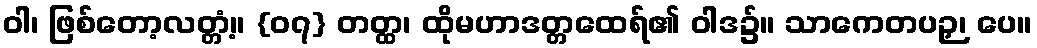
ဝါ၊ ဖြစ်တော့လတ္တံ့။ {၀၇} တတ္ထ၊ ထိုမဟာဒတ္တထေရ်၏ ဝါဒ၌။ သာကေတပဉှ၊ ပေ။